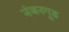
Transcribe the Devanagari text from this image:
नंजनगूड